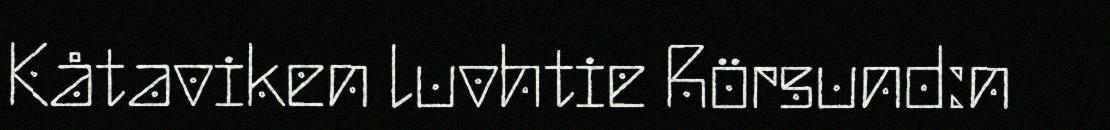
Kåtaviken luvhtie Rörsund:n